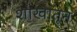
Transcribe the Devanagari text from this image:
शाखातून